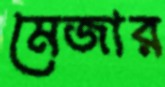
মেজার